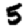
Digit: 5